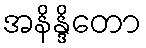
အနိန္ဒိတော